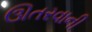
ઊતરવાની